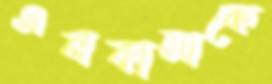
এনকালাকে